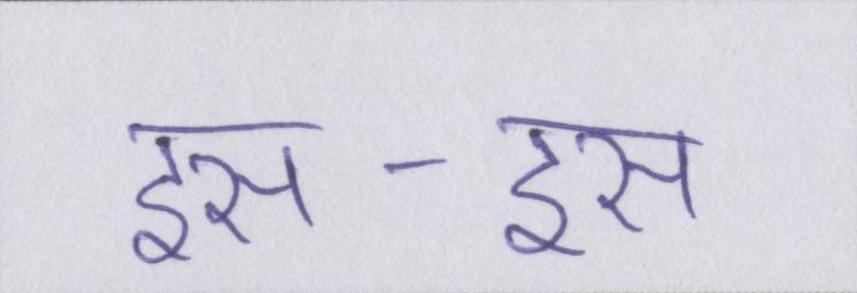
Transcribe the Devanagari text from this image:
इस-इस